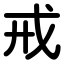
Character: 戒